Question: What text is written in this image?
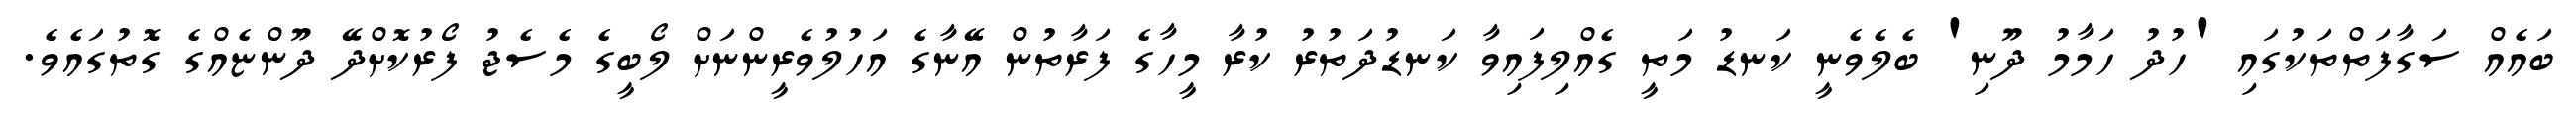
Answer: ބައެއް ސަގާފަތްތަކުގައި 'ހުދު ހަމާމު ދޫނި' ބެލެވެނީ ކަނޑު މަތީ ގެއްލިފައިވާ ކަނޑުދަތުރު ކުރާ މީހާގެ ފަރާތުން އޭނާގެ އަހުލުވެރީންނަށް ލޯބީގެ މެސެޖު ފޯރުކޮށްދޭ ދޫންޏެއްގެ ގޮތުގައެވެ.